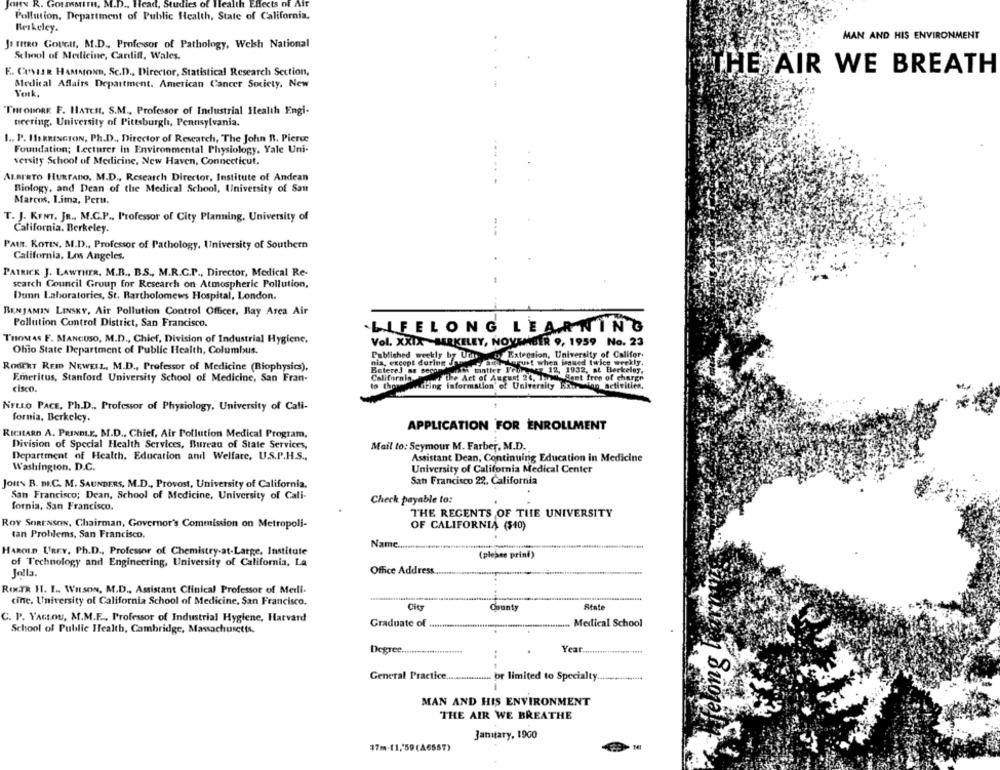
Jons R.
FormMITH, M.D ., Head, Studies of Health Effects of Air
Pollution, Department of Public Health, State of California.
Berkeley.
MAN AND HIS ENVIRONMENT
J& mEIRO GoUGH, M.D ., Professor of Pathology, Welsh National
School of Medicine, Cardiff, Wales.
HE AIR WE BREATH
E. CASIER HAMMOND, SC.D ., Director, Statistical Research Section,
Medical Affairs Department. American Cancer Society, New
York,
THEODORE. F. HATCH, S.M ., Professor of Industrial Health Engi-
teering. University of Pittsburgh, Pennsylvania.
1 .. P. HERRINGTON, Ph.D ., Director of Research, The John R. Pierce
Foundation; Lecturer in Environmental Physiology, Yale Uni-
versity School of Medicine, New Haven, Connecticut,
ALBERTO HURTADO. M.D ., Research Director, Institute of Andean
Biology, and Dean of the Medical School, University of San
Marcos, Lima, Peru.
T. J. KENT, JR ., M.C.P ., Professor of City Planning, University of
California. Berkeley.
PAIR. KOTIN, M.D ., Professor of Pathology, University of Southern
California, Los Angeles.
PATRICK J. LAWTHER, M.B ., B.S ., M.R.C.P ., Director, Medical Re-
search Council Group for Research on Atmospheric Pollution,
Dunn Laboratories, St. Bartholomews Hospital, London.
BENJAMIN LINSKY, Air Pollution Control Officer, Bay Area Air
Pollution Control District, San Francisco.
LIFELONG LEARNING
THOMAS F. MANCUSO, M.D ., Chief, Division of Industrial Hygiene,
Vol. XXIX BERKELEY, NOVEMBER 9, 1959 No. 23
Ohio State Department of Public Health, Columbus.
Published weekly by Un.
ofExtension, University of Califor.
nia, except during Janes an-harust when based twice weekly.
ROBERT REID NEWELL, M.D ., Professor of Medicine (Biophysics),
Betere3 as secom
mit tintter From cz 12, 1932, at Berkeley,
Emeritus, Stanford University School of Medicine, San Fran-
of the Act of August 24, Tu, Samt free of charge
to thorendring information of University Bio- on setivitien.
cisco.
NELLO PACE, Ph.D ., Professor of Physiology, University of Cali-
fornia, Berkeley,
APPLICATION FOR ENROLLMENT
RICHARD A. PRINDLE, M.D ., Chief, Air Pollution Medical Program,
Division of Special Health Services, Bureau of State Services,
Mail to: Seymour M. Farber, M.D.
Department of Health, Education and Welfare, U.S.P.H.S .,
Assistant Dean, Continuing Education in Medicine
Washington. D.C.
University of California Medical Center
JouN B. D.C. M. SAUNDERS, M.D ., Provost, University of California,
San Francisco 22, California
San Francisco; Dean, School of Medicine, University of Cali-
Check payable to:
fornia, San Francisco.
THE REGENTS OF THE UNIVERSITY
ROY SORENSON, Chairman, Governor's Commission on Metropoli-
OF CALIFORNIA ($40)
tan Problems, San Francisco.
Name.
HAROLD UREY, Ph.D ., Professor of Chemistry-at-Large. Institute
(please print)
of Technology and Engineering, University of California, La
Office Address
Jolla.
RoxTk H. I .. WILSON, M.D ., Assistant Clinical Professor of Medi.
cinc, University of California School of Medicine, San Francisco.
City
County
State
C. P. YAGLOU, M.M.E ., Professor of Industrial Hygiene, Harvard
Graduate of ..
Medical School
School of Public Health, Cambridge, Massachusetts.
Year.
Degree ...
jelong
General Practice.
br limited to Specialty.
MAN AND HIS ENVIRONMENT
THE AIR WE BREATHE
January, 1900
37m.11,'59 (A6557)